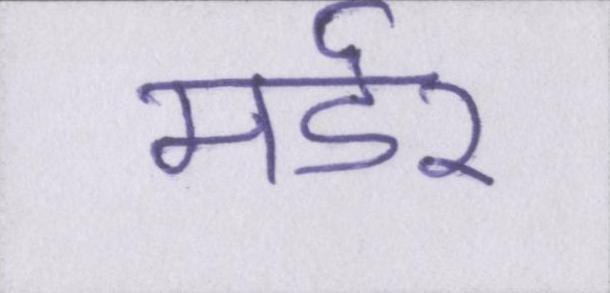
मर्डर